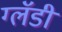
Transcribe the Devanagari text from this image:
ग्लॅडी